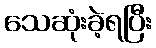
သေဆုံးခဲ့ရပြီး